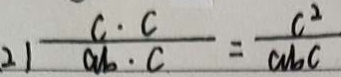
2 ) \frac { c \cdot c } { a b \cdot c } = \frac { c ^ { 2 } } { a b c }